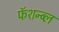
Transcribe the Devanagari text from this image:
फॅशन्ब्ल